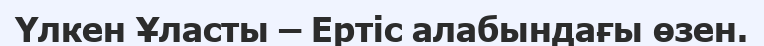
Үлкен Ұласты – Ертіс алабындағы өзен.